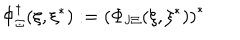
\Phi _ { \Xi } ^ { \dagger } ( \xi , \xi ^ { * } ) : = \left( \Phi _ { \mathrm { J } \Xi } ( \xi , \xi ^ { * } ) \right) ^ { * }